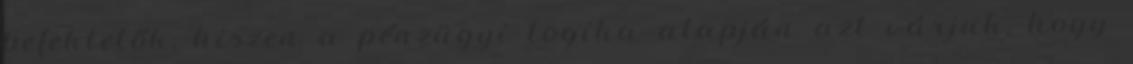
befektetők, hiszen a pénzügyi logika alapján azt várjuk, hogy